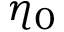
\eta _ { 0 }